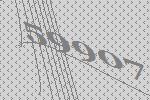
59907